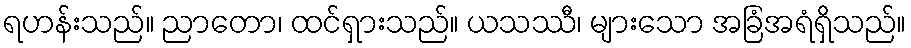
ရဟန်းသည်။ ညာတော၊ ထင်ရှားသည်။ ယသဿီ၊ များသော အခြံအရံရှိသည်။